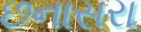
છનાસરા